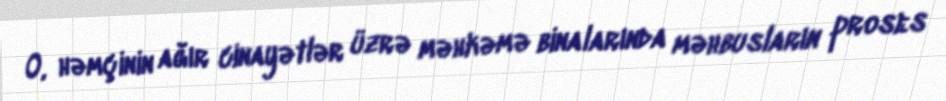
O, həmçinin ağır cinayətlər üzrə məhkəmə binalarında məhbusların proses